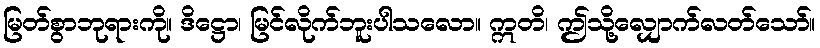
မြတ်စွာဘုရားကို။ ဒိဋ္ဌော၊ မြင်လိုက်ဘူးပါသလော။ ဣတိ၊ ဤသို့လျှောက်လတ်သော်။